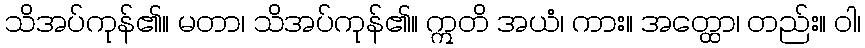
သိအပ်ကုန်၏။ မတာ၊ သိအပ်ကုန်၏။ ဣတိ အယံ၊ ကား။ အတ္ထော၊ တည်း။ ဝါ၊